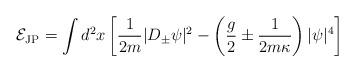
LaTeX: \begin{align*}{\cal E}_{\rm JP}=\int d^2x \left[\frac{1}{2m}|D_\pm\psi|^2-\left(\frac{g}{2}\pm\frac{1}{2m\kappa}\right)|\psi|^4\right]\end{align*}